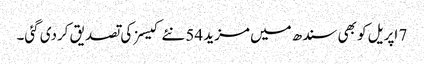
7 اپریل کو بھی سندھ میں مزید 54 نئے کیسز کی تصدیق کردی گئی۔